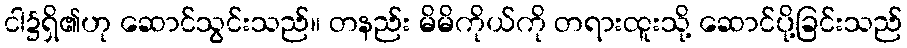
ငါ၌ရှိ၏ဟု ဆောင်သွင်းသည်။ တနည်း မိမိကိုယ်ကို တရားထူးသို့ ဆောင်ပို့ခြင်းသည်